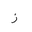
Letter: _zay